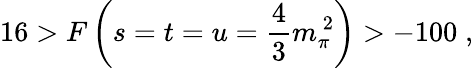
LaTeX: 16>F\left(s=t=u=\frac{4}{3}m_{\pi}^{\ 2}\right)>-100\; ,